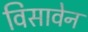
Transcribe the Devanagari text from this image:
विसावेन